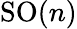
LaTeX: {\mathrm{SO}}(n)